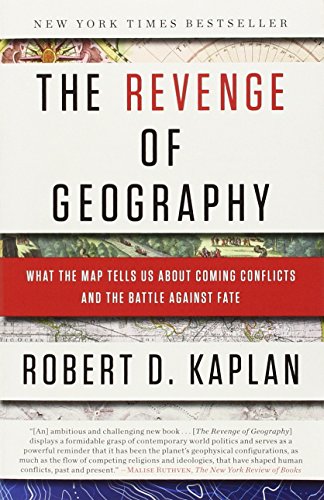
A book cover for The Revenge of Geography: What the Map Tells Us About Coming Conflicts and the Battle Against Fate; Robert D. Kaplan; Science & Math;